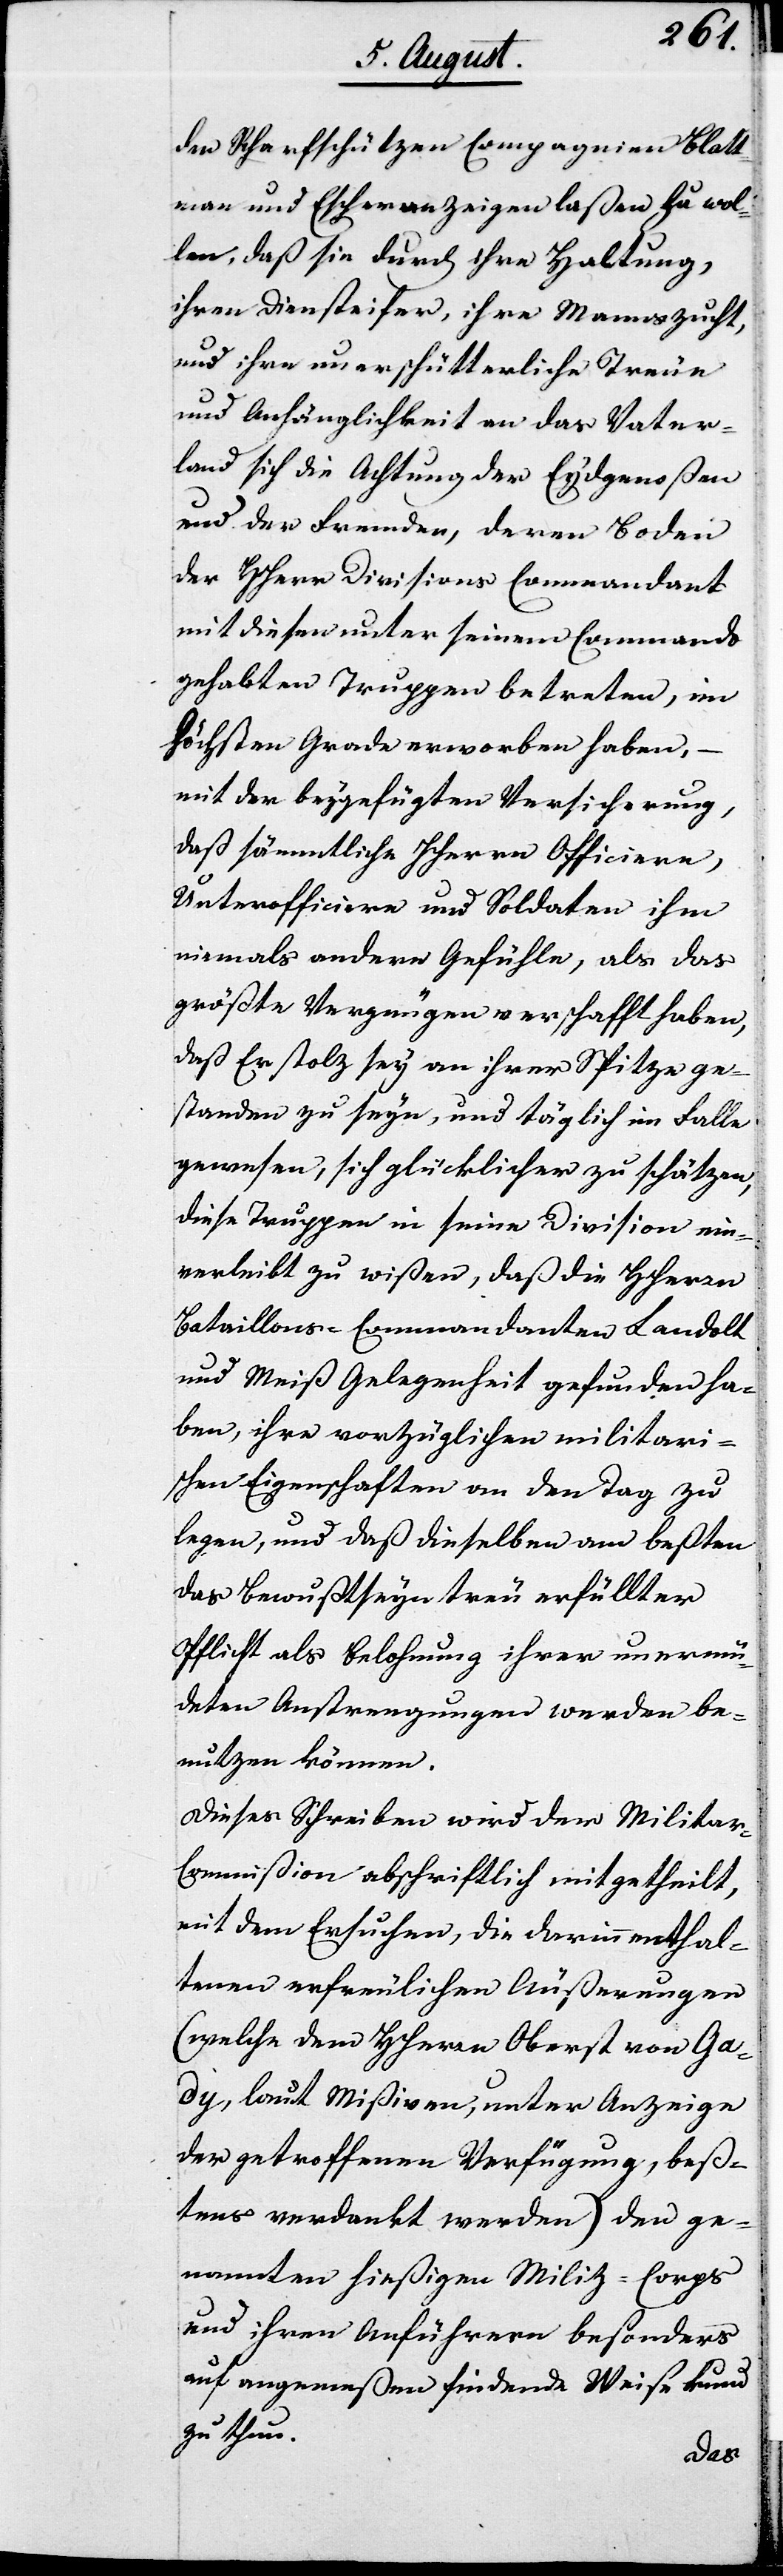
den Scharfschützen Compagnien Blatt¬
mann und Escher anzeigen laßen zu wol¬
len, daß sie durch ihre Haltung,
ihren Diensteifer, ihre Mannszucht,
und ihre unerschütterliche Treue
und Anhänglichkeit an das Vater¬
land sich die Achtung der Eydgenoßen
und der Fremden, deren Boden
der HHerr Divisions Commandant
mit diesen unter seinem Commando
gehabten Truppen betreten, im
höchsten Grade erworben, –
mit der beygefügten Versicherung,
daß sämmtliche HHerrn Officiere,
Unterofficiere und Soldaten ihm
niemals andere Gefühle, als das
größte Vergnügen verschafft haben,
daß Er stolz sey an ihrer Spitze ge¬
standen zu seyn, und täglich im Falle
gewesen, sich glücklicher zu schätzen,
diese Truppen in seine Division ein¬
verleibt zu wißen, daß die HHerrn
Bataillons-Commandanten Landolt
und Meiß Gelegenheit gefunden ha¬
ben, ihre vorzüglichen militari¬
schen Eigenschaften an den Tag zu
legen, und daß dieselben am beßten
das Bewußtseyn treu erfüllter
Pflicht als Belohnung ihrer unermü¬
dlichen Anstrengungen werden be¬
nutzen können.
Dieses Schreiben wird der Milita¬
r-Commißion abschriftlich mitgetheilt,
mit dem Ersuchen, die darinn enthal¬
tenen erfreulichen Äußerungen
(welche dem Herrn Oberst von Ga¬
dy, laut Mißiven, unter Anzeige
der getroffenen Verfügung, beß¬
tens verdankt werden) den ge¬
nannten hießigen Miliz-Corps
und ihren Anführern besonders
auf angemeßen findende Weise kund
zu thun.